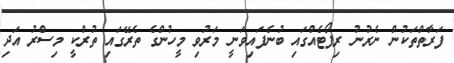
ފަރާތްތަކުން ނެރުނު ރިޕޯޓެއްގައި ބުނެފައިވަނީ މަރުވި މީހުންގެ ތެރޭގައި ތުރްކީ މިސްރު އަދި